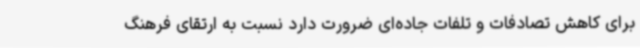
برای کاهش تصادفات و تلفات جاده‌ای ضرورت دارد نسبت به ارتقای فرهنگ